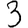
Digit: 3